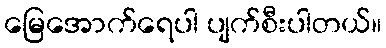
မြေအောက်ရေပါ ပျက်စီးပါတယ်။